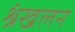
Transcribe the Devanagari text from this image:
श्रंखलन